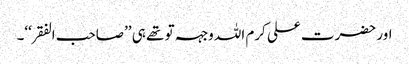
اور حضرت علی کرم اللہ وجہہ تو تھے ہی ’’صاحب الفقر‘‘۔